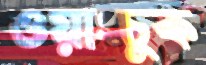
ওয়াংচুক